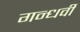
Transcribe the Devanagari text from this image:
गन्धर्वी